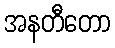
အနတီတော